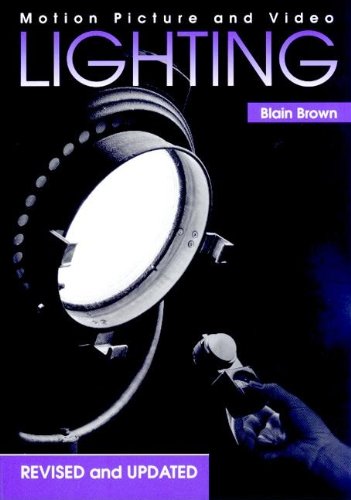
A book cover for Motion Picture and Video Lighting, Revised Edition; Blain Brown; Arts & Photography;